Indian journal of veterinary science and animal husbandry - Volume 7,
Year: 1937
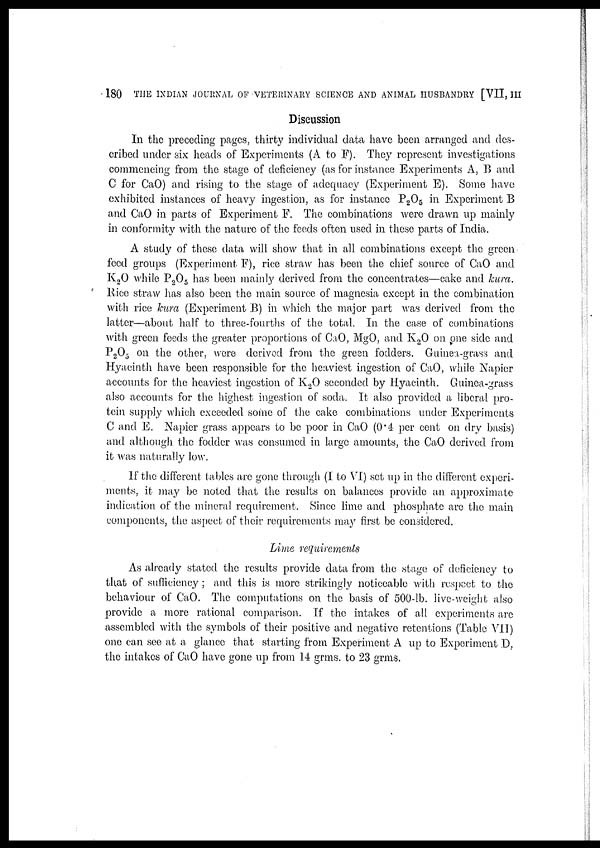
180 THE INDIAN JOURNAL OF VETERINARY SCIENCE AND ANIMAL HUSBANDRY [VII, III
Discussion
In the preceding pages, thirty individual data have been arranged and des-
cribed under six heads of Experiments (A to F). They represent investigations
commencing from the stage of deficiency (as for instance Experiments A, B and
C for CaO) and rising to the stage of adequacy (Experiment E). Some have
exhibited instances of heavy ingestion, as for instance P2O5 in Experiment B
and CaO in parts of Experiment F. The combinations were drawn up mainly
in conformity with the nature of the feeds often used in these parts of India.
A study of these data will show that in all combinations except the green
feed groups (Experiment F), rice straw has been the chief source of CaO and
K2O while P 2 O 5 has been mainly derived from the concentrates—cake and kura.
Rice straw has also been the main source of magnesia except in the combination
with rice kura (Experiment B) in which the major part was derived from the
latter—about half to three-fourths of the total. In the case of combinations
with green feeds the greater proportions of CaO, MgO, and K 2 O on one side and
P2O5 on the other, were derived from the green fodders. Guinea-grass and
Hyacinth have been responsible for the heaviest ingestion of CaO, while Napier
accounts for the heaviest ingestion of K 2 O seconded by Hyacinth. Guinea-grass
also accounts for the highest ingestion of soda. It also provided a liberal pro-
tein supply which exceeded some of the cake combinations under Experiments
C and E. Napier grass appears to be poor in CaO (0.4 per cent on dry basis)
and although the fodder was consumed in large amounts, the CaO derived from
it was naturally low.
If the different tables are gone through (I to VI) set up in the different experi-
ments, it may be noted that the results on balances provide an approximate
indication of the mineral requirement. Since lime and phosphate are the main
components, the aspect of their requirements may first be considered.
Lime requirements
As already stated the results provide data from the stage of deficiency to
that of sufficiency; and this is more strikingly noticeable with respect to the
behaviour of CaO. The computations on the basis of 500-lb. live-weight also
provide a more rational comparison. If the intakes of all experiments are
assembled with the symbols of their positive and negative retentions (Table VII)
one can see at a glance that starting from Experiment A up to Experiment D.
the intakes of CaO have gone up from 14 grms. to 23 grms.